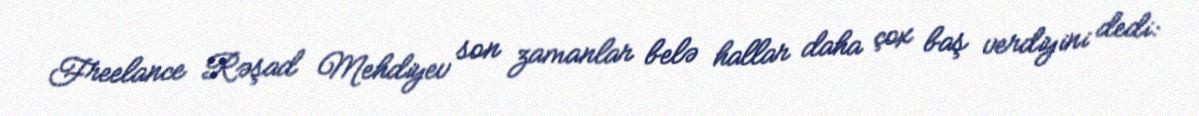
Freelance Rəşad Mehdiyev son zamanlar belə hallar daha çox baş verdiyini dedi: